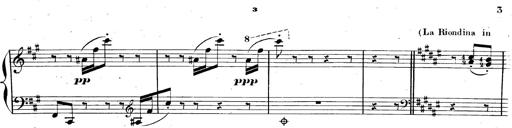
Title: AnnÃ©es de pÃ¨lerinage II, SupplÃ©ment
Composer: Franz Liszt